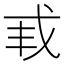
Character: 𫻩